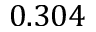
0 . 3 0 4